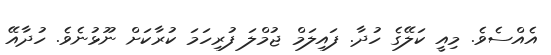
އެއްސެވެ. މިއީ ކަލޭގެ ހުދާ. ފައިލަމް ޖުމްލަ ފުރިހަމަ ކުރާކަށް ނޫޅުނެވެ. ހުދާއޭ